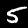
Digit: 5